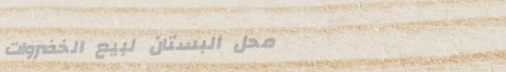
محل البستان لبيع الخضروات